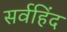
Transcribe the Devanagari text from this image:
सर्वहिंद